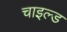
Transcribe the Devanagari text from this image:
चाइल्‍ड